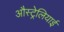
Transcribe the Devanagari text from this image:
औस्ट्रेलियाई